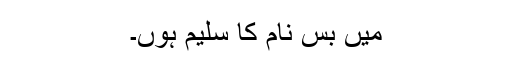
میں بس نام کا سلیم ہوں۔